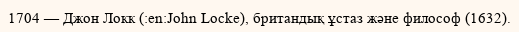
1704 — Джон Локк (:en:John Locke), британдық ұстаз және философ (1632).